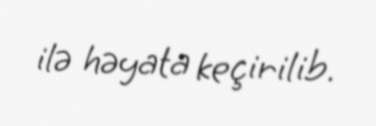
ilə həyata keçirilib.